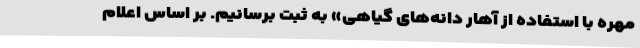
مهره با استفاده از آهار دانه‌های گیاهی» به ثبت برسانیم. بر اساس اعلام